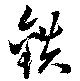
鉄